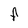
Character: F